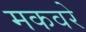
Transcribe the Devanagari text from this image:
मकवरे